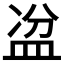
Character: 𥁣